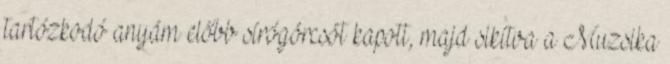
tartózkodó anyám előbb sírógörcsöt kapott, majd sikítva a Muzsika